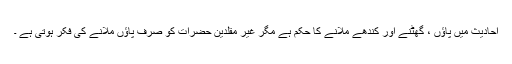
احادیث میں پاؤں ، گھٹنے اور کندھے ملانے کا حکم ہے مگر غیر مقلدین حضرات کو صرف پاؤں ملانے کی فکر ہوتی ہے ۔